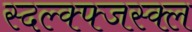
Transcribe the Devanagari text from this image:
स्दल्क्फ्जस्क्ल